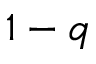
1 - q